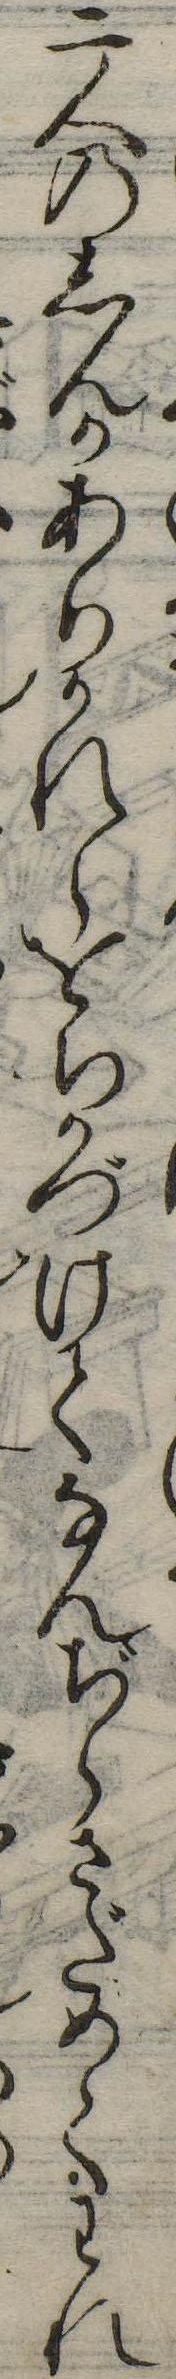
二人のしんかありかれらをちかづけてなんぢらさだめてわれ